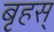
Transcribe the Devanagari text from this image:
बृहस्